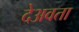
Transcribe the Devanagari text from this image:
देअवता